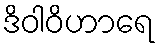
ဒိဝါဝိဟာရေ